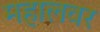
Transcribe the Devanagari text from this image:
महालवर